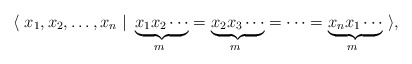
\begin{align*}\langle \ x_1, x_2, \dots, x_n \ \vert\ \underbrace{x_1 x_2 \cdots}_{m~} = \underbrace{x_2 x_3\cdots}_{m~} = \dots = \underbrace{x_n x_1 \cdots}_{m~}\ \rangle,\end{align*}